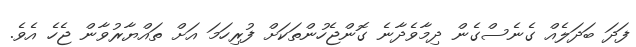
ފަދަ ބަދަލެއް ގެނެސްގެން ދިމާވެދާނެ ގޮންޖެހުންތަކަށް ފުރިހަމަ އަށް ތައްޔާރުވާން ޖެހެ އެވެ.